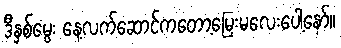
ဒီနှစ်မွေး နေ့လက်ဆောင်ကတော့မြေးမလေးပေါ့နော်။